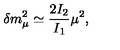
\delta m _ { \mu } ^ { 2 } \simeq \frac { 2 I _ { 2 } } { I _ { 1 } } \mu ^ { 2 } ,